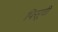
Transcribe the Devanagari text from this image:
पिसूची